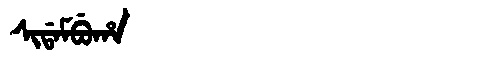
Manchu: ᠰᡳᡩᠠᠮᠪᡠᡥᠠ
Romanization: SIDAMBUHA